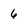
Character: 6